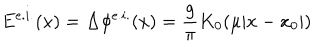
E ^ { e . i . } ( x ) = \Delta \phi ^ { e . i . } ( x ) = \frac { g } { \pi } K _ { 0 } ( \mu | x - x _ { 0 } | )